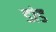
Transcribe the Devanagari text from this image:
डांड